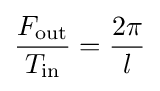
{\frac {F_{\text{out}}}{T_{\text{in}}}}={\frac {2\pi }{l}}